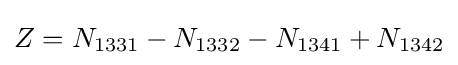
Z=N_{1331}-N_{1332}-N_{1341}+N_{1342}